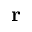
\mathbf { r }